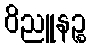
ဝိညူနဉ္စ